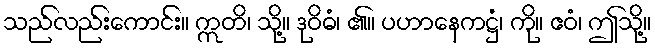
သည်လည်းကောင်း။ ဣတိ၊ သို့။ ဒုဝိဓံ၊ ၏။ ပဟာနေကဋ္ဌံ၊ ကို။ ဧဝံ၊ ဤသို့။